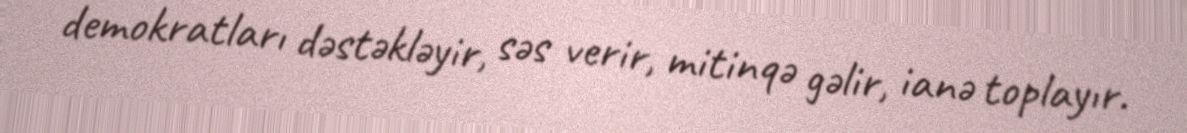
demokratları dəstəkləyir, səs verir, mitinqə gəlir, ianə toplayır.